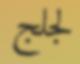
لجلج